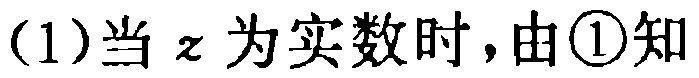
(1)当\(z\)为实数时，由\textcircled{1}知